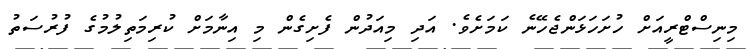
މިނިސްޓްރީއަށް ހުށަހަޅަންޖެހޭނެ ކަމަށެވެ. އަދި މިއަދުން ފެށިގެން މި އިނާމަށް ކުރިމަތިލުމުގެ ފުރުސަތު